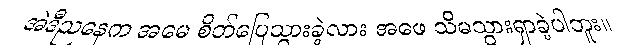
အဲဒီညနေက အမေ စိတ်ပြေသွားခဲ့လား အဖေ သိမသွားရှာခဲ့ပါဘူး။